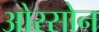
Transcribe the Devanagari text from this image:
ओरसोन